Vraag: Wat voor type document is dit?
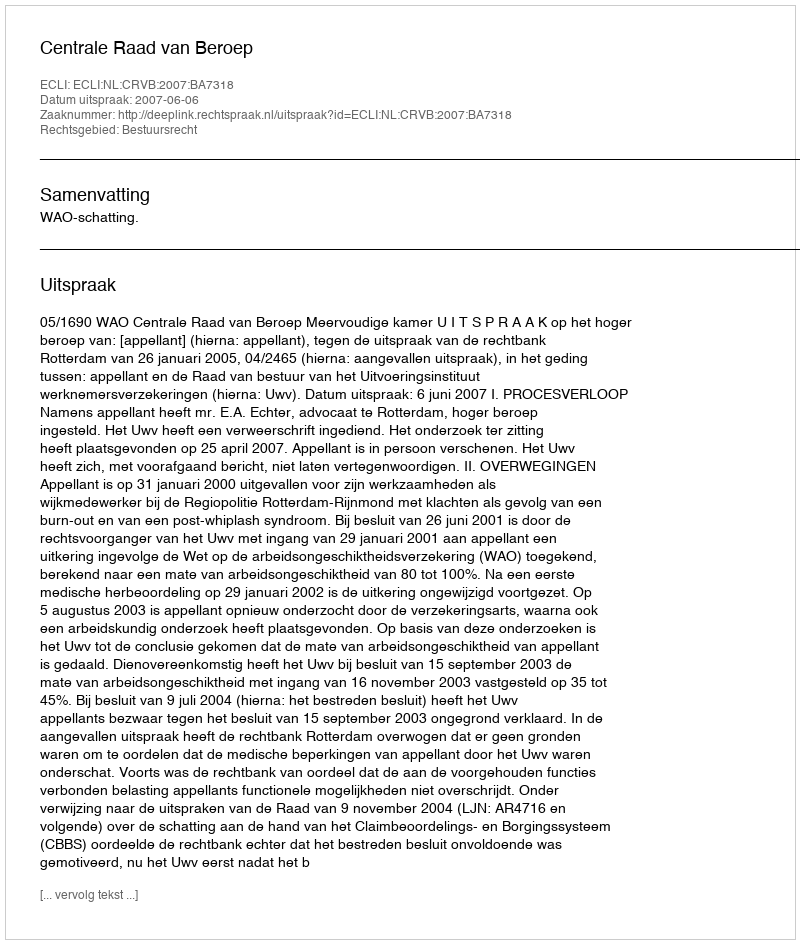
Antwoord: Uitspraak